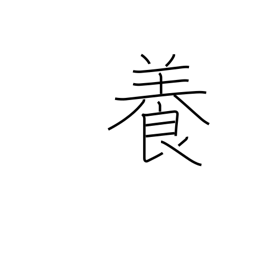
Meaning: nurture